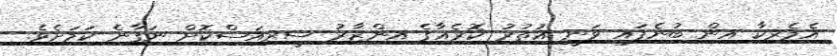
އެމެރިކާ އިން ބުނެފައި ވަނީ އުތުރު ކޮރެއާގެ އިންޒާރު ސީރިއަސްކޮށް ނަގާނެ ކަމަށެވެ.